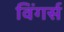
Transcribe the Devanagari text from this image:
विंगर्स